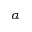
\alpha